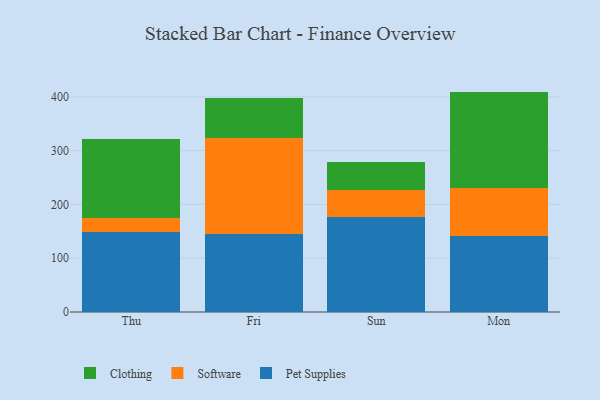
{"axis": {"x": "Day", "y": "Population (Million)"}, "legend": ["Clothing", "Pet Supplies", "Software"], "data": [{"x": "Thu", "y": 149.5, "type": "Pet Supplies"}, {"x": "Thu", "y": 24.4, "type": "Software"}, {"x": "Thu", "y": 146.9, "type": "Clothing"}, {"x": "Fri", "y": 145.1, "type": "Pet Supplies"}, {"x": "Fri", "y": 177.8, "type": "Software"}, {"x": "Fri", "y": 75.4, "type": "Clothing"}, {"x": "Sun", "y": 177.1, "type": "Pet Supplies"}, {"x": "Sun", "y": 50.1, "type": "Software"}, {"x": "Sun", "y": 51.3, "type": "Clothing"}, {"x": "Mon", "y": 142.1, "type": "Pet Supplies"}, {"x": "Mon", "y": 89.1, "type": "Software"}, {"x": "Mon", "y": 178.4, "type": "Clothing"}]}